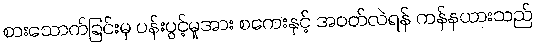
စားသောက်ခြင်းမှ ပန်းပွင့်မှုအား စကေးနှင့် အဝတ်လဲရန် ကန်နယားသည်